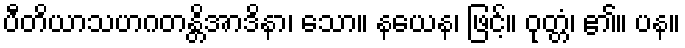
ပီတိယာသဟဂတန္တိအာဒိနာ၊ သော။ နယေန၊ ဖြင့်။ ဝုတ္တံ၊ ၏။ ပန။